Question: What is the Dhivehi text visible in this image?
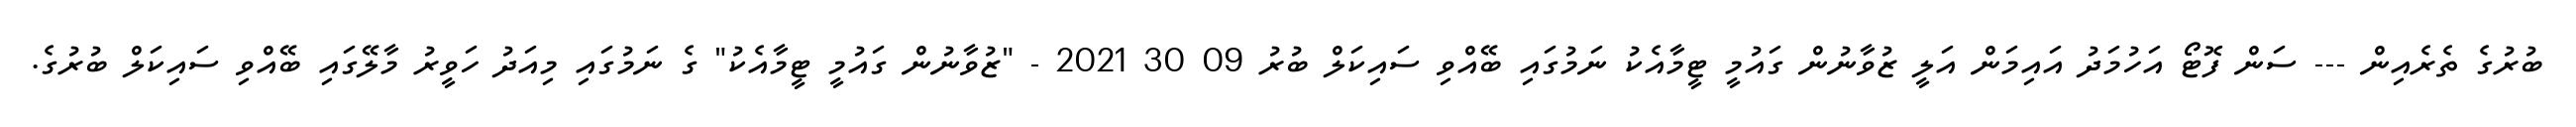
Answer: ބުރުގެ ތެރެއިން --- ސަން ފޮޓޯ އަހުމަދު އައިމަން އަލީ ޒުވާނުން ގައުމީ ޓީމާއެކު ނަމުގައި ބޭއްވި ސައިކަލް ބުރު 09 30 2021 - "ޒުވާނުން ގައުމީ ޓީމާއެކު" ގެ ނަމުގައި މިއަދު ހަވީރު މާލޭގައި ބޭއްވި ސައިކަލް ބުރުގެ.